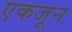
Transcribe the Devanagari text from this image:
एकजून